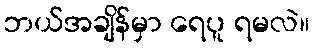
ဘယ်အချိန်မှာ ရေပူ ရမလဲ။